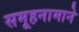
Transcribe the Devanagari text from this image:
समूहनामाने